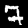
Digit: 7